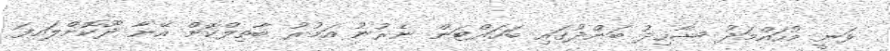
ވަނީ މުހައްމަދު ޝާހިދު ބަންދުގައި ބަހައްޓަން ނެރުނު އަމުރު ބާތިލްކޮށް އޭނާ ދޫކޮށްލައިފަ